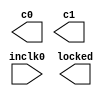
// megafunction wizard: %ALTPLL%VBB%
// GENERATION: STANDARD
// VERSION: WM1.0
// MODULE: altpll 

// ============================================================
// Megafunction Name(s):
// 			altpll
//
// Simulation Library Files(s):
// 			altera_mf
// ============================================================
// ************************************************************
// THIS IS A WIZARD-GENERATED FILE. DO NOT EDIT THIS FILE!
//
// 9.1 Build 222 10/21/2009 SP 0.08 SJ Full Version
// ************************************************************

//Copyright (C) 1991-2009 Altera Corporation
//Your use of Altera Corporation's design tools, logic functions 
//and other software and tools, and its AMPP partner logic 
//functions, and any output files from any of the foregoing 
//(including device programming or simulation files), and any 
//associated documentation or information are expressly subject 
//to the terms and conditions of the Altera Program License 
//Subscription Agreement, Altera MegaCore Function License 
//Agreement, or other applicable license agreement, including, 
//without limitation, that your use is for the sole purpose of 
//programming logic devices manufactured by Altera and sold by 
//Altera or its authorized distributors.  Please refer to the 
//applicable agreement for further details.

module UartPLL (
	inclk0,
	c0,
	c1,
	locked);

	input	  inclk0;
	output	  c0;
	output	  c1;
	output	  locked;

endmodule

// ============================================================
// CNX file retrieval info
// ============================================================
// Retrieval info: PRIVATE: ACTIVECLK_CHECK STRING "0"
// Retrieval info: PRIVATE: BANDWIDTH STRING "1.000"
// Retrieval info: PRIVATE: BANDWIDTH_FEATURE_ENABLED STRING "1"
// Retrieval info: PRIVATE: BANDWIDTH_FREQ_UNIT STRING "MHz"
// Retrieval info: PRIVATE: BANDWIDTH_PRESET STRING "Low"
// Retrieval info: PRIVATE: BANDWIDTH_USE_AUTO STRING "1"
// Retrieval info: PRIVATE: BANDWIDTH_USE_PRESET STRING "0"
// Retrieval info: PRIVATE: CLKBAD_SWITCHOVER_CHECK STRING "0"
// Retrieval info: PRIVATE: CLKLOSS_CHECK STRING "0"
// Retrieval info: PRIVATE: CLKSWITCH_CHECK STRING "0"
// Retrieval info: PRIVATE: CNX_NO_COMPENSATE_RADIO STRING "0"
// Retrieval info: PRIVATE: CREATE_CLKBAD_CHECK STRING "0"
// Retrieval info: PRIVATE: CREATE_INCLK1_CHECK STRING "0"
// Retrieval info: PRIVATE: CUR_DEDICATED_CLK STRING "c0"
// Retrieval info: PRIVATE: CUR_FBIN_CLK STRING "e0"
// Retrieval info: PRIVATE: DEVICE_SPEED_GRADE STRING "6"
// Retrieval info: PRIVATE: DIV_FACTOR0 NUMERIC "434"
// Retrieval info: PRIVATE: DIV_FACTOR1 NUMERIC "1"
// Retrieval info: PRIVATE: DUTY_CYCLE0 STRING "50.00000000"
// Retrieval info: PRIVATE: DUTY_CYCLE1 STRING "50.00000000"
// Retrieval info: PRIVATE: EFF_OUTPUT_FREQ_VALUE0 STRING "0.256000"
// Retrieval info: PRIVATE: EFF_OUTPUT_FREQ_VALUE1 STRING "1.024000"
// Retrieval info: PRIVATE: EXPLICIT_SWITCHOVER_COUNTER STRING "0"
// Retrieval info: PRIVATE: EXT_FEEDBACK_RADIO STRING "0"
// Retrieval info: PRIVATE: GLOCKED_COUNTER_EDIT_CHANGED STRING "1"
// Retrieval info: PRIVATE: GLOCKED_FEATURE_ENABLED STRING "0"
// Retrieval info: PRIVATE: GLOCKED_MODE_CHECK STRING "0"
// Retrieval info: PRIVATE: GLOCK_COUNTER_EDIT NUMERIC "1048575"
// Retrieval info: PRIVATE: HAS_MANUAL_SWITCHOVER STRING "1"
// Retrieval info: PRIVATE: INCLK0_FREQ_EDIT STRING "50.000"
// Retrieval info: PRIVATE: INCLK0_FREQ_UNIT_COMBO STRING "MHz"
// Retrieval info: PRIVATE: INCLK1_FREQ_EDIT STRING "100.000"
// Retrieval info: PRIVATE: INCLK1_FREQ_EDIT_CHANGED STRING "1"
// Retrieval info: PRIVATE: INCLK1_FREQ_UNIT_CHANGED STRING "1"
// Retrieval info: PRIVATE: INCLK1_FREQ_UNIT_COMBO STRING "MHz"
// Retrieval info: PRIVATE: INTENDED_DEVICE_FAMILY STRING "Cyclone III"
// Retrieval info: PRIVATE: INT_FEEDBACK__MODE_RADIO STRING "1"
// Retrieval info: PRIVATE: LOCKED_OUTPUT_CHECK STRING "1"
// Retrieval info: PRIVATE: LONG_SCAN_RADIO STRING "1"
// Retrieval info: PRIVATE: LVDS_MODE_DATA_RATE STRING "300.000"
// Retrieval info: PRIVATE: LVDS_MODE_DATA_RATE_DIRTY NUMERIC "0"
// Retrieval info: PRIVATE: LVDS_PHASE_SHIFT_UNIT0 STRING "deg"
// Retrieval info: PRIVATE: LVDS_PHASE_SHIFT_UNIT1 STRING "ps"
// Retrieval info: PRIVATE: MIG_DEVICE_SPEED_GRADE STRING "Any"
// Retrieval info: PRIVATE: MIRROR_CLK0 STRING "0"
// Retrieval info: PRIVATE: MIRROR_CLK1 STRING "0"
// Retrieval info: PRIVATE: MULT_FACTOR0 NUMERIC "1"
// Retrieval info: PRIVATE: MULT_FACTOR1 NUMERIC "1"
// Retrieval info: PRIVATE: NORMAL_MODE_RADIO STRING "1"
// Retrieval info: PRIVATE: OUTPUT_FREQ0 STRING "0.25600000"
// Retrieval info: PRIVATE: OUTPUT_FREQ1 STRING "1.02400000"
// Retrieval info: PRIVATE: OUTPUT_FREQ_MODE0 STRING "1"
// Retrieval info: PRIVATE: OUTPUT_FREQ_MODE1 STRING "1"
// Retrieval info: PRIVATE: OUTPUT_FREQ_UNIT0 STRING "MHz"
// Retrieval info: PRIVATE: OUTPUT_FREQ_UNIT1 STRING "MHz"
// Retrieval info: PRIVATE: PHASE_RECONFIG_FEATURE_ENABLED STRING "1"
// Retrieval info: PRIVATE: PHASE_RECONFIG_INPUTS_CHECK STRING "0"
// Retrieval info: PRIVATE: PHASE_SHIFT0 STRING "0.00000000"
// Retrieval info: PRIVATE: PHASE_SHIFT1 STRING "0.00000000"
// Retrieval info: PRIVATE: PHASE_SHIFT_STEP_ENABLED_CHECK STRING "0"
// Retrieval info: PRIVATE: PHASE_SHIFT_UNIT0 STRING "deg"
// Retrieval info: PRIVATE: PHASE_SHIFT_UNIT1 STRING "ps"
// Retrieval info: PRIVATE: PLL_ADVANCED_PARAM_CHECK STRING "0"
// Retrieval info: PRIVATE: PLL_ARESET_CHECK STRING "0"
// Retrieval info: PRIVATE: PLL_AUTOPLL_CHECK NUMERIC "1"
// Retrieval info: PRIVATE: PLL_ENHPLL_CHECK NUMERIC "0"
// Retrieval info: PRIVATE: PLL_FASTPLL_CHECK NUMERIC "0"
// Retrieval info: PRIVATE: PLL_FBMIMIC_CHECK STRING "0"
// Retrieval info: PRIVATE: PLL_LVDS_PLL_CHECK NUMERIC "0"
// Retrieval info: PRIVATE: PLL_PFDENA_CHECK STRING "0"
// Retrieval info: PRIVATE: PLL_TARGET_HARCOPY_CHECK NUMERIC "0"
// Retrieval info: PRIVATE: PRIMARY_CLK_COMBO STRING "inclk0"
// Retrieval info: PRIVATE: RECONFIG_FILE STRING "UartPLL.mif"
// Retrieval info: PRIVATE: SACN_INPUTS_CHECK STRING "0"
// Retrieval info: PRIVATE: SCAN_FEATURE_ENABLED STRING "1"
// Retrieval info: PRIVATE: SELF_RESET_LOCK_LOSS STRING "1"
// Retrieval info: PRIVATE: SHORT_SCAN_RADIO STRING "0"
// Retrieval info: PRIVATE: SPREAD_FEATURE_ENABLED STRING "0"
// Retrieval info: PRIVATE: SPREAD_FREQ STRING "50.000"
// Retrieval info: PRIVATE: SPREAD_FREQ_UNIT STRING "KHz"
// Retrieval info: PRIVATE: SPREAD_PERCENT STRING "0.500"
// Retrieval info: PRIVATE: SPREAD_USE STRING "0"
// Retrieval info: PRIVATE: SRC_SYNCH_COMP_RADIO STRING "0"
// Retrieval info: PRIVATE: STICKY_CLK0 STRING "1"
// Retrieval info: PRIVATE: STICKY_CLK1 STRING "1"
// Retrieval info: PRIVATE: SWITCHOVER_COUNT_EDIT NUMERIC "1"
// Retrieval info: PRIVATE: SWITCHOVER_FEATURE_ENABLED STRING "1"
// Retrieval info: PRIVATE: SYNTH_WRAPPER_GEN_POSTFIX STRING "0"
// Retrieval info: PRIVATE: USE_CLK0 STRING "1"
// Retrieval info: PRIVATE: USE_CLK1 STRING "1"
// Retrieval info: PRIVATE: USE_CLKENA0 STRING "0"
// Retrieval info: PRIVATE: USE_CLKENA1 STRING "0"
// Retrieval info: PRIVATE: USE_MIL_SPEED_GRADE NUMERIC "0"
// Retrieval info: PRIVATE: ZERO_DELAY_RADIO STRING "0"
// Retrieval info: LIBRARY: altera_mf altera_mf.altera_mf_components.all
// Retrieval info: CONSTANT: BANDWIDTH_TYPE STRING "AUTO"
// Retrieval info: CONSTANT: CLK0_DIVIDE_BY NUMERIC "3125"
// Retrieval info: CONSTANT: CLK0_DUTY_CYCLE NUMERIC "50"
// Retrieval info: CONSTANT: CLK0_MULTIPLY_BY NUMERIC "16"
// Retrieval info: CONSTANT: CLK0_PHASE_SHIFT STRING "0"
// Retrieval info: CONSTANT: CLK1_DIVIDE_BY NUMERIC "3125"
// Retrieval info: CONSTANT: CLK1_DUTY_CYCLE NUMERIC "50"
// Retrieval info: CONSTANT: CLK1_MULTIPLY_BY NUMERIC "64"
// Retrieval info: CONSTANT: CLK1_PHASE_SHIFT STRING "0"
// Retrieval info: CONSTANT: COMPENSATE_CLOCK STRING "CLK0"
// Retrieval info: CONSTANT: INCLK0_INPUT_FREQUENCY NUMERIC "20000"
// Retrieval info: CONSTANT: INTENDED_DEVICE_FAMILY STRING "Cyclone III"
// Retrieval info: CONSTANT: LPM_TYPE STRING "altpll"
// Retrieval info: CONSTANT: OPERATION_MODE STRING "NORMAL"
// Retrieval info: CONSTANT: PLL_TYPE STRING "AUTO"
// Retrieval info: CONSTANT: PORT_ACTIVECLOCK STRING "PORT_UNUSED"
// Retrieval info: CONSTANT: PORT_ARESET STRING "PORT_UNUSED"
// Retrieval info: CONSTANT: PORT_CLKBAD0 STRING "PORT_UNUSED"
// Retrieval info: CONSTANT: PORT_CLKBAD1 STRING "PORT_UNUSED"
// Retrieval info: CONSTANT: PORT_CLKLOSS STRING "PORT_UNUSED"
// Retrieval info: CONSTANT: PORT_CLKSWITCH STRING "PORT_UNUSED"
// Retrieval info: CONSTANT: PORT_CONFIGUPDATE STRING "PORT_UNUSED"
// Retrieval info: CONSTANT: PORT_FBIN STRING "PORT_UNUSED"
// Retrieval info: CONSTANT: PORT_INCLK0 STRING "PORT_USED"
// Retrieval info: CONSTANT: PORT_INCLK1 STRING "PORT_UNUSED"
// Retrieval info: CONSTANT: PORT_LOCKED STRING "PORT_USED"
// Retrieval info: CONSTANT: PORT_PFDENA STRING "PORT_UNUSED"
// Retrieval info: CONSTANT: PORT_PHASECOUNTERSELECT STRING "PORT_UNUSED"
// Retrieval info: CONSTANT: PORT_PHASEDONE STRING "PORT_UNUSED"
// Retrieval info: CONSTANT: PORT_PHASESTEP STRING "PORT_UNUSED"
// Retrieval info: CONSTANT: PORT_PHASEUPDOWN STRING "PORT_UNUSED"
// Retrieval info: CONSTANT: PORT_PLLENA STRING "PORT_UNUSED"
// Retrieval info: CONSTANT: PORT_SCANACLR STRING "PORT_UNUSED"
// Retrieval info: CONSTANT: PORT_SCANCLK STRING "PORT_UNUSED"
// Retrieval info: CONSTANT: PORT_SCANCLKENA STRING "PORT_UNUSED"
// Retrieval info: CONSTANT: PORT_SCANDATA STRING "PORT_UNUSED"
// Retrieval info: CONSTANT: PORT_SCANDATAOUT STRING "PORT_UNUSED"
// Retrieval info: CONSTANT: PORT_SCANDONE STRING "PORT_UNUSED"
// Retrieval info: CONSTANT: PORT_SCANREAD STRING "PORT_UNUSED"
// Retrieval info: CONSTANT: PORT_SCANWRITE STRING "PORT_UNUSED"
// Retrieval info: CONSTANT: PORT_clk0 STRING "PORT_USED"
// Retrieval info: CONSTANT: PORT_clk1 STRING "PORT_USED"
// Retrieval info: CONSTANT: PORT_clk2 STRING "PORT_UNUSED"
// Retrieval info: CONSTANT: PORT_clk3 STRING "PORT_UNUSED"
// Retrieval info: CONSTANT: PORT_clk4 STRING "PORT_UNUSED"
// Retrieval info: CONSTANT: PORT_clk5 STRING "PORT_UNUSED"
// Retrieval info: CONSTANT: PORT_clkena0 STRING "PORT_UNUSED"
// Retrieval info: CONSTANT: PORT_clkena1 STRING "PORT_UNUSED"
// Retrieval info: CONSTANT: PORT_clkena2 STRING "PORT_UNUSED"
// Retrieval info: CONSTANT: PORT_clkena3 STRING "PORT_UNUSED"
// Retrieval info: CONSTANT: PORT_clkena4 STRING "PORT_UNUSED"
// Retrieval info: CONSTANT: PORT_clkena5 STRING "PORT_UNUSED"
// Retrieval info: CONSTANT: PORT_extclk0 STRING "PORT_UNUSED"
// Retrieval info: CONSTANT: PORT_extclk1 STRING "PORT_UNUSED"
// Retrieval info: CONSTANT: PORT_extclk2 STRING "PORT_UNUSED"
// Retrieval info: CONSTANT: PORT_extclk3 STRING "PORT_UNUSED"
// Retrieval info: CONSTANT: SELF_RESET_ON_LOSS_LOCK STRING "ON"
// Retrieval info: CONSTANT: WIDTH_CLOCK NUMERIC "5"
// Retrieval info: USED_PORT: @clk 0 0 5 0 OUTPUT_CLK_EXT VCC "@clk[4..0]"
// Retrieval info: USED_PORT: c0 0 0 0 0 OUTPUT_CLK_EXT VCC "c0"
// Retrieval info: USED_PORT: c1 0 0 0 0 OUTPUT_CLK_EXT VCC "c1"
// Retrieval info: USED_PORT: inclk0 0 0 0 0 INPUT_CLK_EXT GND "inclk0"
// Retrieval info: USED_PORT: locked 0 0 0 0 OUTPUT GND "locked"
// Retrieval info: CONNECT: locked 0 0 0 0 @locked 0 0 0 0
// Retrieval info: CONNECT: @inclk 0 0 1 0 inclk0 0 0 0 0
// Retrieval info: CONNECT: c0 0 0 0 0 @clk 0 0 1 0
// Retrieval info: CONNECT: c1 0 0 0 0 @clk 0 0 1 1
// Retrieval info: CONNECT: @inclk 0 0 1 1 GND 0 0 0 0
// Retrieval info: GEN_FILE: TYPE_NORMAL UartPLL.v TRUE
// Retrieval info: GEN_FILE: TYPE_NORMAL UartPLL.ppf TRUE
// Retrieval info: GEN_FILE: TYPE_NORMAL UartPLL.inc TRUE
// Retrieval info: GEN_FILE: TYPE_NORMAL UartPLL.cmp TRUE
// Retrieval info: GEN_FILE: TYPE_NORMAL UartPLL.bsf TRUE FALSE
// Retrieval info: GEN_FILE: TYPE_NORMAL UartPLL_inst.v TRUE
// Retrieval info: GEN_FILE: TYPE_NORMAL UartPLL_bb.v TRUE
// Retrieval info: GEN_FILE: TYPE_NORMAL UartPLL_waveforms.html TRUE
// Retrieval info: GEN_FILE: TYPE_NORMAL UartPLL_wave*.jpg TRUE
// Retrieval info: LIB_FILE: altera_mf
// Retrieval info: CBX_MODULE_PREFIX: ON